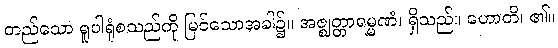
တည်သော ရူပါရုံစသည်ကို မြင်သောအခါ၌။ အဇ္ဈတ္တာရမ္မဏံ၊ ရှိသည်။ ဟောတိ၊ ၏။